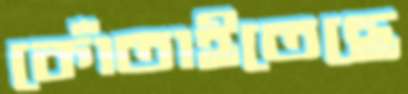
কোঁতাইতেছে